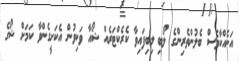
އަނެއްކާވެސް ބެލުންތެރިންގެ ލޯބި ލިބިފައިވާ ކެރެކްޓަރެއް ޝޯއާ ވަކިވުން އެކަށީގެންވާ ކަމަށް ޝޯގެ